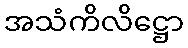
အသံကိလိဋ္ဌော